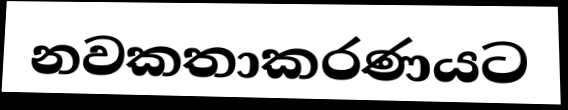
නවකතාකරණයට